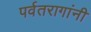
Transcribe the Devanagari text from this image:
पर्वतरागांनी